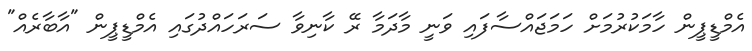
އެމްޑީޕީން ހާމަކުރުމަށް ހަމަޖައްސާފައި ވަނީ މާދަމާ ރޭ ކާނިވާ ސަރަހައްދުގައި އެމްޑީޕީން "އާބާރެއް"